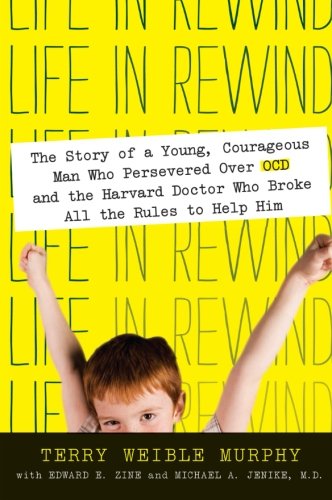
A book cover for Life in Rewind: The Story of a Young Courageous Man Who Persevered Over OCD and the Harvard Doctor Who Broke All the Rules to Help Him; Terry Weible Murphy; Biographies & Memoirs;